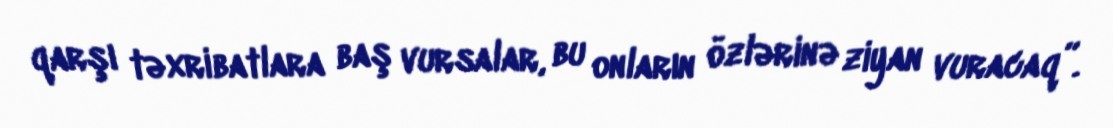
qarşı təxribatlara baş vursalar, bu onların özlərinə ziyan vuracaq”.